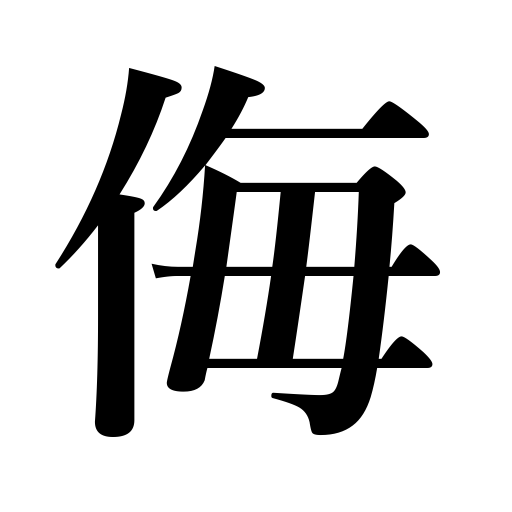
Meanings: despise,make light of